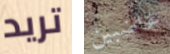
تريد غاضبين